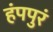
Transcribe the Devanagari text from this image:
हंपपुरं